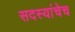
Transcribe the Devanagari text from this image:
सदस्यांचेच